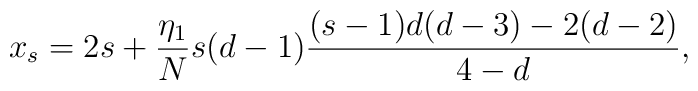
x_{s}=2s+\frac{\eta_{1}}{N}s(d-1)\frac{(s-1)d(d-3)-2(d-2)}{4-d},